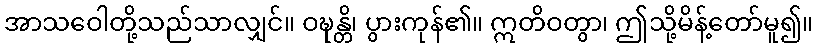
အာသဝေါတို့သည်သာလျှင်။ ဝဍ္ဎန္တိ၊ ပွားကုန်၏။ ဣတိဝတွာ၊ ဤသို့မိန့်တော်မူ၍။